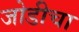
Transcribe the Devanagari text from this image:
जोडीचा